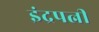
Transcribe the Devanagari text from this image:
इंद्रपत्नी